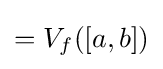
=V_{f}([a,b])